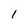
Character: 1